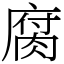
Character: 腐